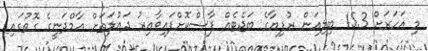
މި އަހަރަށް 15.3 ބިލިއަން ރުފިޔާގެ ބަޖެޓެއް ފާސްކޮށްފައިވާއިރު ދައުލަތަށް އާމްދަނީގެ ގޮތުގައި